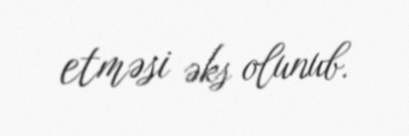
etməsi əks olunub.